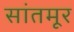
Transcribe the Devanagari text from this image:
सांतमूर